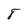
Character: 8